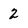
Character: 2